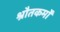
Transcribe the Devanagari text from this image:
श्रौतकर्मों